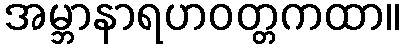
အမ္ဘာနာရဟဝတ္တကထာ။